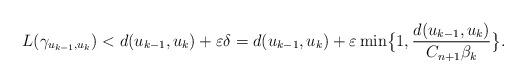
LaTeX: \begin{align*} L(\gamma_{u_{k-1},u_k}) &< d(u_{k-1}, u_k)+\varepsilon\delta = d(u_{k-1}, u_k)+\varepsilon\min\bigl\{1,\frac{d(u_{k-1}, u_k)}{C_{n+1}\beta_k}\bigr\}.\end{align*}